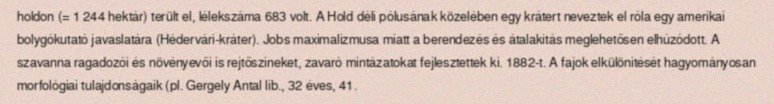
holdon (= 1 244 hektár) terült el, lélekszáma 683 volt. A Hold déli pólusának közelében egy krátert neveztek el róla egy amerikai bolygókutató javaslatára (Hédervári-kráter). Jobs maximalizmusa miatt a berendezés és átalakítás meglehetősen elhúzódott. A szavanna ragadozói és növényevői is rejtőszíneket, zavaró mintázatokat fejlesztettek ki. 1882-t. A fajok elkülönítését hagyományosan morfológiai tulajdonságaik (pl. Gergely Antal lib., 32 éves, 41.